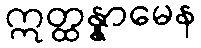
ဣတ္ထန္နာမေန